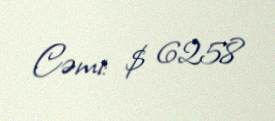
Cəmi: $ 6258